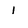
Character: i